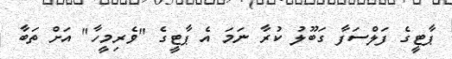
ޕާޓީގެ ފަލްސަފާ ގަބޫލު ކުރާ ނަމަ އެ ޕާޓީގެ "ވެރިމީހާ" އަށް ތަބާ